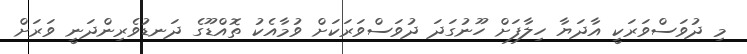
މި ދުވަސްވަރަކީ އާދަޔާ ހިލާފަށް ހޫނުގަދަ ދުވަސްވަރަކަށް ވުމާއެކު ތޮއްޑޫގެ ދަނޑުވެރިންދަނީ ވަރަށް